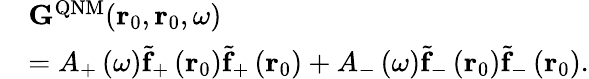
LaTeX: \begin{array}{rl}&{\mathbf{G}^{\mathrm{QNM}}(\mathbf{r}_{0},\mathbf{r}_{0},\omega)}\\ &{=A_{+}\left(\omega\right)\tilde{\mathbf{f}}_{+}\left({\mathbf r}_{0}\right)\tilde{\mathbf{f}}_{+}\left({\mathbf r}_{0}\right)+A_{-}\left(\omega\right)\tilde{\mathbf{f}}_{-}\left({\mathbf r}_{0}\right)\tilde{\mathbf{f}}_{-}\left({\mathbf r}_{0}\right).}\end{array}